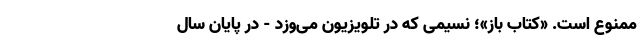
ممنوع است. «کتاب‌ باز»؛ نسیمی که در تلویزیون می‌وزد - در پایان سال